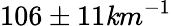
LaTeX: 106\pm11\mathit{k}m^{-1}